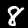
Label: 8